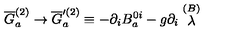
\overline { { G } } _ { a } ^ { ( 2 ) } \rightarrow \overline { { G } } _ { a } ^ { \prime ( 2 ) } \equiv - \partial _ { i } B _ { a } ^ { 0 i } - g \partial _ { i } \stackrel { ( B ) } { \lambda }